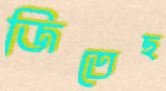
জিতেছ